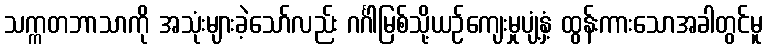
သက္ကတဘာသာကို အသုံးများခဲ့သော်လည်း ဂင်္ဂါမြစ်သို့ယဉ်ကျေးမှုပျံ့နှံ့ ထွန်းကားသောအခါတွင်မူ